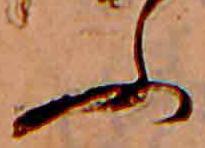
ふ